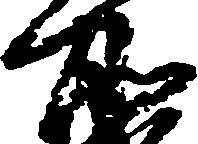
所